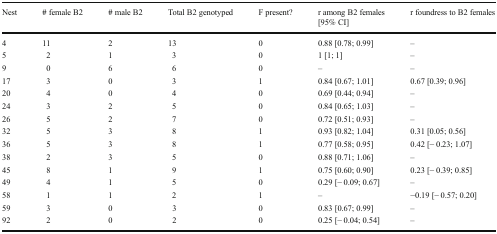
| Nest | # female B2 | # male B2 | Total B2 genotyped | F present? | r among B2 females [95% CI] | r foundress to B2 females |
 | --- | --- | --- | --- | --- | --- | --- |
 | 4 | 11 | 2 | 13 | 0 | 0.88 [0.78; 0.99] | – |
 | 5 | 2 | 1 | 3 | 0 | 1 [1; 1] | – |
 | 9 | 0 | 6 | 6 | 0 | – | – |
 | 17 | 3 | 0 | 3 | 1 | 0.84 [0.67; 1.01] | 0.67 [0.39; 0.96] |
 | 20 | 4 | 0 | 4 | 0 | 0.69 [0.44; 0.94] | – |
 | 24 | 3 | 2 | 5 | 0 | 0.84 [0.65; 1.03] | – |
 | 26 | 5 | 2 | 7 | 0 | 0.72 [0.51; 0.93] | – |
 | 32 | 5 | 3 | 8 | 1 | 0.93 [0.82; 1.04] | 0.31 [0.05; 0.56] |
 | 36 | 5 | 3 | 8 | 1 | 0.77 [0.58; 0.95] | 0.42 [− 0.23; 1.07] |
 | 38 | 2 | 3 | 5 | 0 | 0.88 [0.71; 1.06] | – |
 | 45 | 8 | 1 | 9 | 1 | 0.75 [0.60; 0.90] | 0.23 [− 0.39; 0.85] |
 | 49 | 4 | 1 | 5 | 0 | 0.29 [− 0.09; 0.67] | – |
 | 58 | 1 | 1 | 2 | 1 | – | −0.19 [− 0.57; 0.20] |
 | 59 | 3 | 0 | 3 | 0 | 0.83 [0.67; 0.99] | – |
 | 92 | 2 | 0 | 2 | 0 | 0.25 [− 0.04; 0.54] | – |